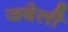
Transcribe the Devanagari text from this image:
जबेली